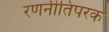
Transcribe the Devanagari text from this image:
रणनीतिपरक